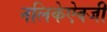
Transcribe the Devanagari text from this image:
नलिकेऐवजी